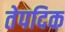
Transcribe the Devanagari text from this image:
तेपदिक